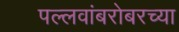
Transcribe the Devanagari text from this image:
पल्लवांबरोबरच्या